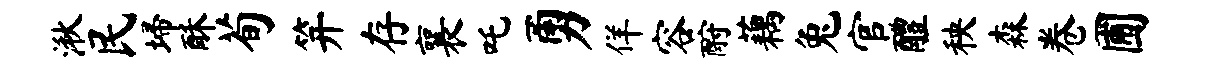
湫民埽酥荀笄存襄吒勇佯容酹藕兔官醴秧森卷圃